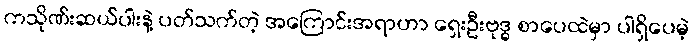
ကသိုဏ်းဆယ်ပါးနဲ့ ပတ်သက်တဲ့ အကြောင်းအရာဟာ ရှေးဦးဗုဒ္ဓ စာပေထဲမှာ ပါရှိပေမဲ့